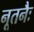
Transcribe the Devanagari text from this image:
नूतनैः